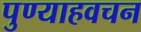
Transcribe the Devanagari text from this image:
पुण्याहवचन